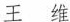
王 维